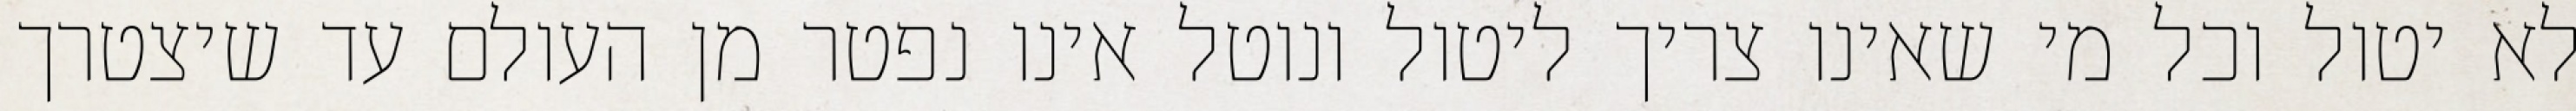
לא יטול וכל מי שאינו צריך ליטול ונוטל אינו נפטר מן העולם עד שיצטרך